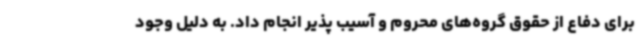
برای دفاع از حقوق گروه‌های محروم و آسیب پذیر انجام داد. به دلیل وجود